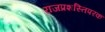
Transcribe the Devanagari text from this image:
राजप्रशस्तिपरक